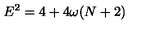
E ^ { 2 } = 4 + 4 \omega ( N + 2 )